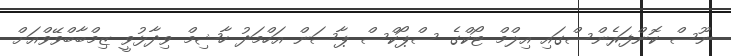
ނޫސް ކޮންފަރެންސްގައި އިލްމް ޓޯކްގެ ސްޕޯކްސް ޕާސަން އަހްމަދު ހާޝިމް ވިދާޅުވީ ޒިމްބާބްވޭވްއަށް